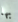
بها